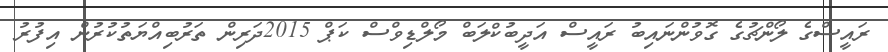
ރައީސްގެ ލޯންޗުގެ ގޮވުންނައިބު ރައީސް އަދީބުކްލަބް މޯލްޑިވްސް ކަޕް 2015ދަރިން ތަރުބިއްޔަތުކުރުން އިފުރު